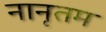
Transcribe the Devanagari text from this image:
नानृतम